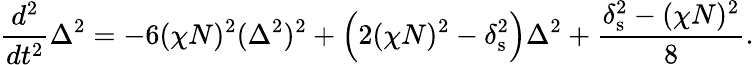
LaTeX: \frac{d^{2}}{dt^{2}}\Delta^{2}=-6(\chi N)^{2}(\Delta^{2})^{2}+\Big(2(\chi N)^{2}-\delta_{\mathrm{s}}^{2}\Big)\Delta^{2}+\frac{\delta_{\mathrm{s}}^{2}-(\chi N)^{2}}{8}.